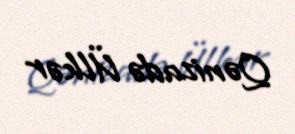
Qənizadə Ülkər